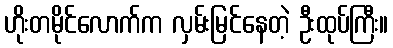
ဟိုးတမိုင်လောက်က လှမ်းမြင်နေတဲ့ ဦးထုပ်ကြီး။